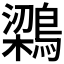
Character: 𮭊